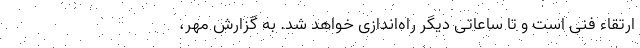
ارتقاء فنی است و تا ساعاتی دیگر راه‌اندازی خواهد شد. به گزارش مهر،